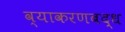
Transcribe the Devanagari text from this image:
व्याकरणबद्ध